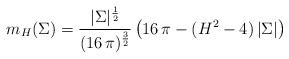
LaTeX: \begin{align*} m_{H} (\Sigma) = \frac{|\Sigma|^{\frac{1}{2}}}{ (16 \, \pi)^{\frac{3}{2}}} \left ( 16 \, \pi - (H^2 - 4) \, |\Sigma| \right)\end{align*}